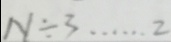
N \div 3 \cdots 2